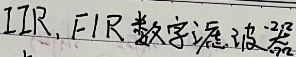
IIR, FIR数字滤波器